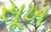
સૂખ